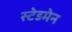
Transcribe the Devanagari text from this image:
स्टेडमेन